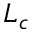
L _ { c }